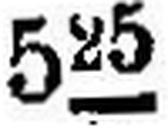
525